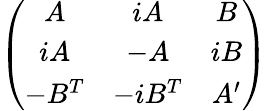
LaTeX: \left(\begin{array}{ccc}{{A}}&{{iA}}&{{B}}\\ {{iA}}&{{-A}}&{{iB}}\\ {{-B^{T}}}&{{-iB^{T}}}&{{A^{\prime}}}\end{array}\right)